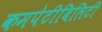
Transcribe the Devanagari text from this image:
कमपेटीबिलिटी